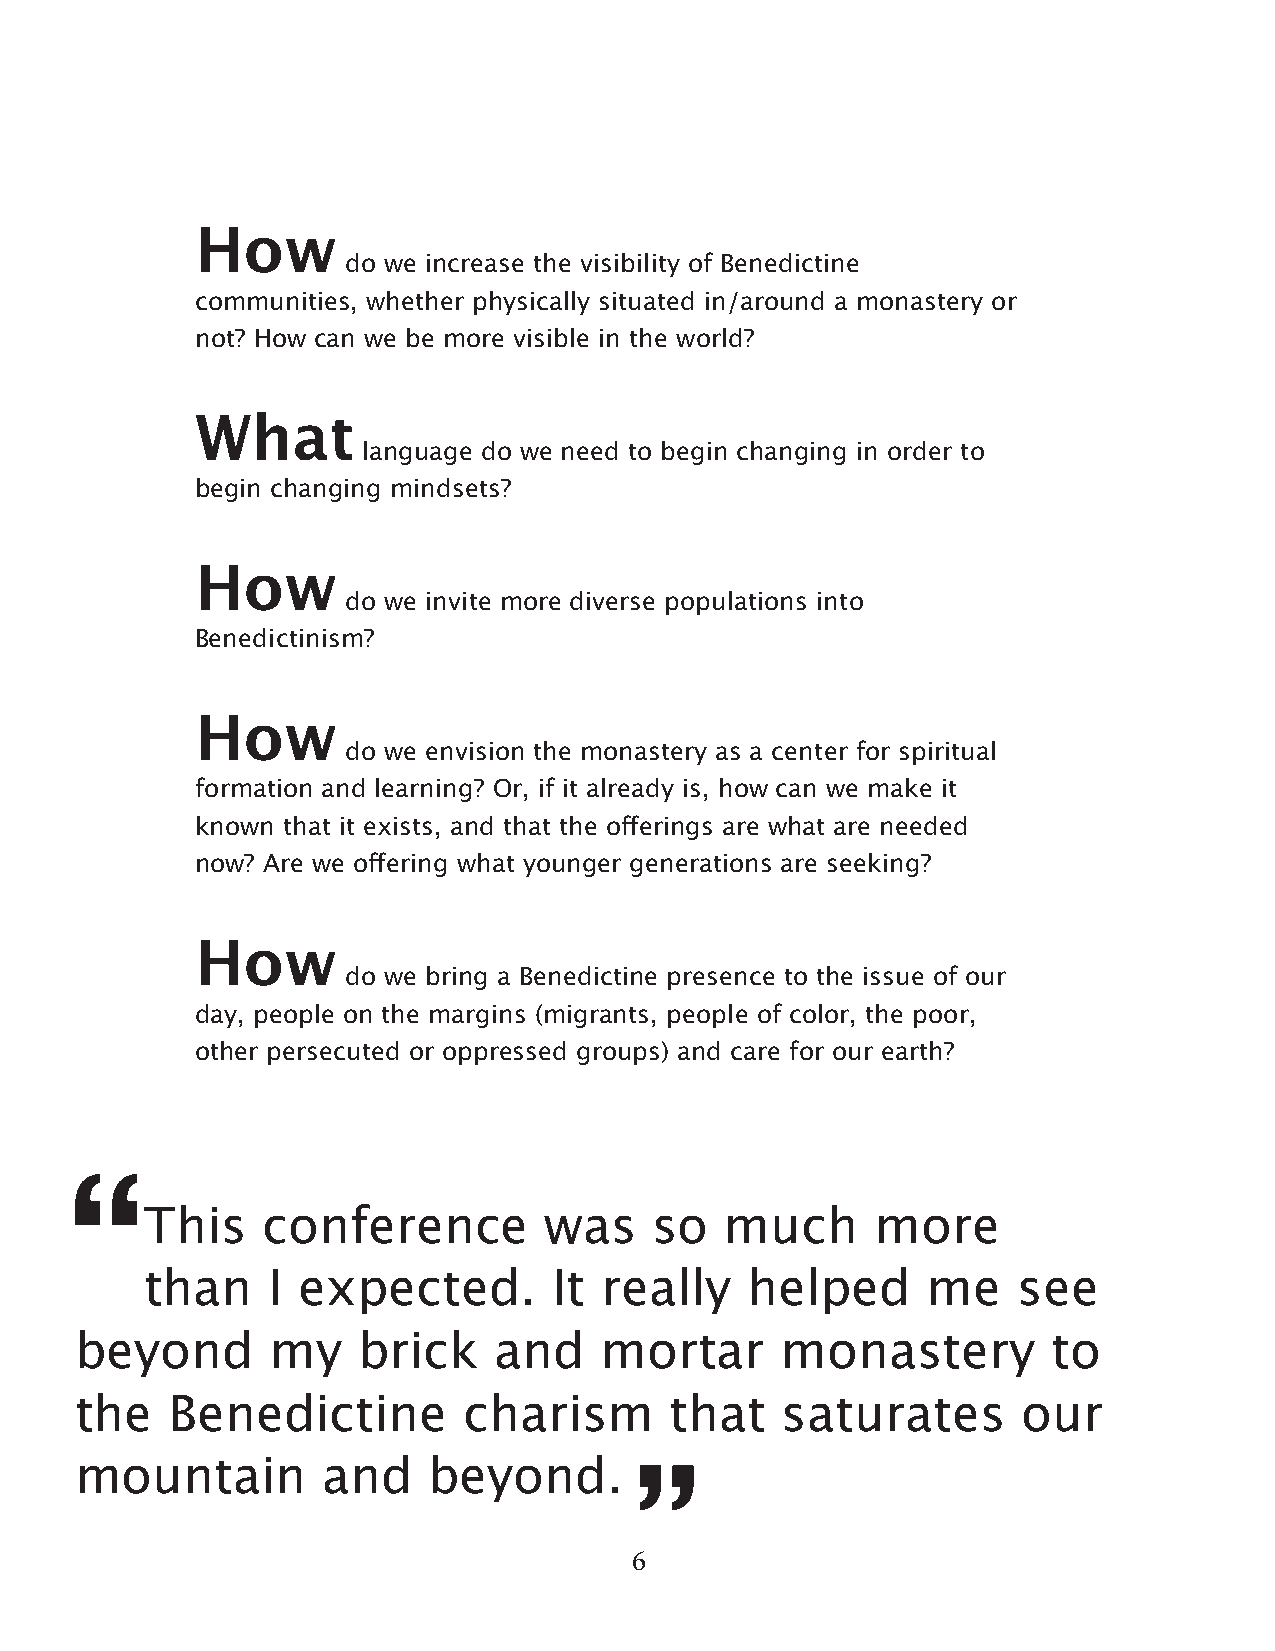
How
 do we increase the visibility of Benedictine
 communities, whether physically situated in/around a monastery or
 not? How can we be more visible in the world?
 What
 language do we need to begin changing in order to
 begin changing mindsets?
 How
 do we invite more diverse populations into
 Benedictinism?
 How
 do we envision the monastery as a center for spiritual
 formation and learning? Or, if it already is, how can we make it
 known that it exists, and that the offerings are what are needed
 now? Are we offering what younger generations are seeking?
 How
 do we bring a Benedictine presence to the issue of our
 day, people on the margins (migrants, people of color, the poor,
 other persecuted or oppressed groups) and care for our earth?
 “
 This   conference         was    so   much      more
 than    I expected.        It really   helped      me    see
 “
 beyond       my    brick    and    mortar      monastery         to
 the   Benedictine         charism      that    saturates       our
 mountain        and    beyond.
 6